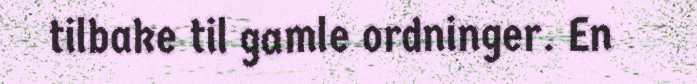
tilbake til gamle ordninger. En